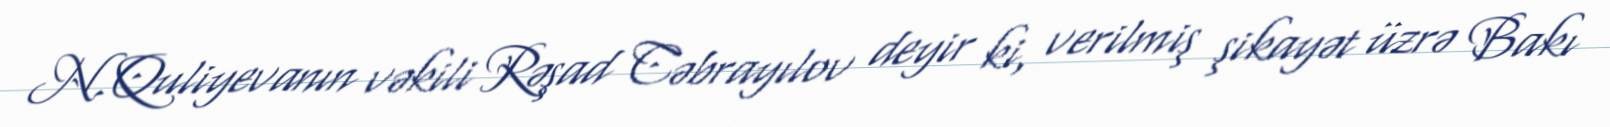
N.Quliyevanın vəkili Rəşad Cəbrayılov deyir ki, verilmiş şikayət üzrə Bakı